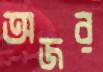
অজর